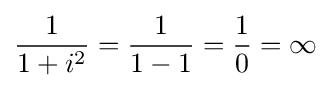
{\frac {1}{1+i^{2}}}={\frac {1}{1-1}}={\frac {1}{0}}=\infty